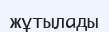
жұтылады